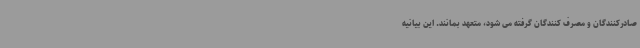
صادرکنندگان و مصرف کنندگان گرفته می شود، متعهد بمانند. این بیانیه